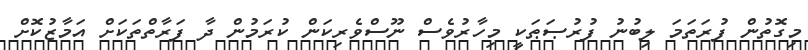
މިގޮތުން ފުރަތަމަ ލިބުނު ފުރުޞަޠަކީ މިހާރުވެސް ނޫސްވެރިކަން ކުރަމުން ދާ ފަރާތްތަކަށް އަމާޒުކޮށް